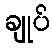
ချုပ်